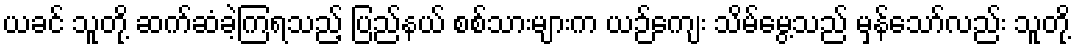
ယခင် သူတို့ ဆက်ဆံခဲ့ကြရသည့် ပြည်နယ် စစ်သားများက ယဉ်ကျေး သိမ်မွေ့သည် မှန်သော်လည်း သူတို့